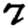
Digit: 7